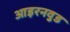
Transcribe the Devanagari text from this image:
आइरनवुड